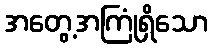
အတွေ့အကြုံရှိသော